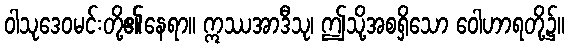
ဝါသုဒေဝမင်းတို့၏နေရာ။ ဣဿအာဒီသု၊ ဤသို့အစရှိသော ဝေါဟာရတို့၌။